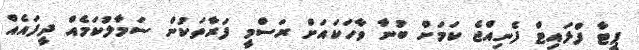
ޕީޓާ ފްލައިޓް ފެނިއްޖެ ކަމަށް ބުނާ ވާހަކައަށް ރަސްމީ ފަރާތަކުން ސަމާލުކަމެއް ދީފައެއް